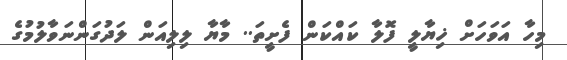
މިހާ އަވަހަށް ޚިޔާލީ ފޮލާ ކައްކަން ފެށީތަ.. މާޔާ ލިލިއަން ލަދުގަންނަވާލުމުގެ